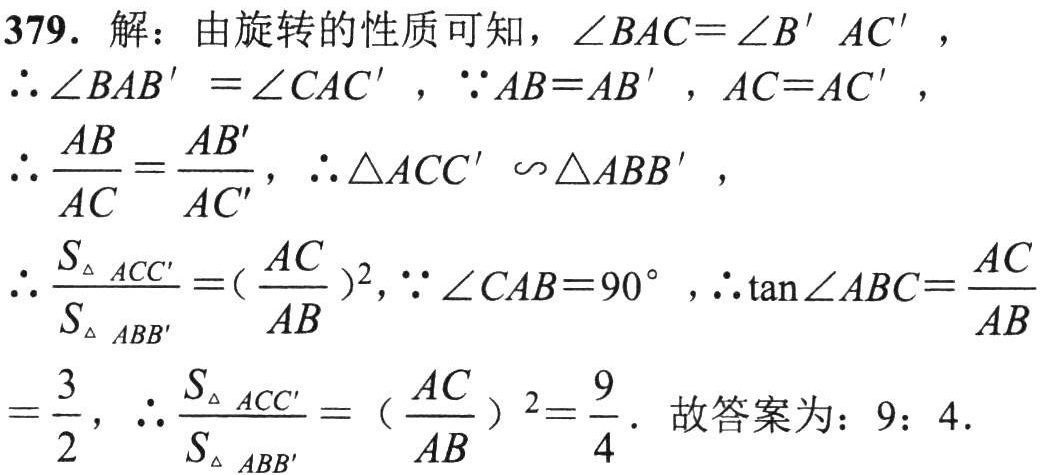
379. 解：由旋转的性质可知，\(\angle BAC = \angle B'AC'\)，

\(\therefore \angle BAB'=\angle CAC'\)，\(\because AB = AB'\)，\(AC = AC'\)，

\(\therefore \frac{AB}{AC}=\frac{AB'}{AC'}\)，\(\therefore \triangle ACC'\sim\triangle ABB'\)，

\(\therefore \frac{S_{\triangle ACC'}}{S_{\triangle ABB'}} = (\frac{AC}{AB})^2\)，\(\because \angle CAB = 90^{\circ}\)，\(\therefore \tan\angle ABC=\frac{AC}{AB}\)

\(=\frac{3}{2}\)，\(\therefore \frac{S_{\triangle ACC'}}{S_{\triangle ABB'}} = (\frac{AC}{AB})^2=\frac{9}{4}\). 故答案为：\(9:4\).